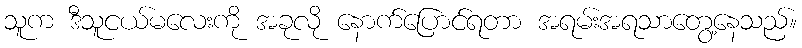
သူက ဒီသူငယ်မလေးကို အခုလို နောက်ပြောင်ရတာ အရမ်းအရသာတွေ့နေသည်။